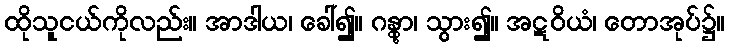
ထိုသူငယ်ကိုလည်း။ အာဒါယ၊ ခေါ်၍။ ဂန္တွာ၊ သွား၍။ အဋဝိယံ၊ တောအုပ်၌။